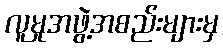
လူမှုအဖွဲ့အစည်းများမှ